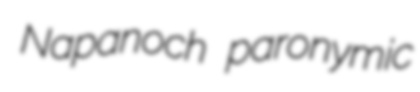
Napanoch paronymic